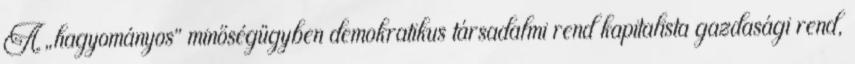
A „hagyományos” minőségügyben demokratikus társadalmi rend kapitalista gazdasági rend,